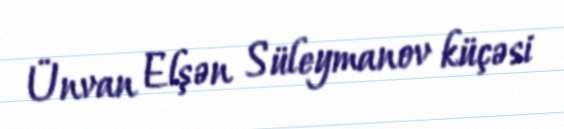
Ünvan Elşən Süleymanov küçəsi